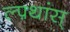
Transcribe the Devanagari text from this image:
ल्फ़्थांस्